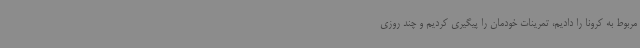
مربوط به کرونا را دادیم، تمرینات خودمان را پیگیری کردیم و چند روزی